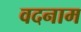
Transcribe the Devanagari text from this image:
वदनाम